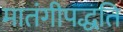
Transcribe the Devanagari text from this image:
मातंगीपद्धति